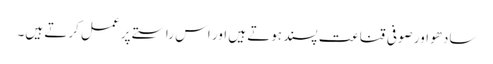
سادھو اور صوفی قناعت پسند ہوتے ہیں اور اس راستے پر عمل کرتے ہیں۔